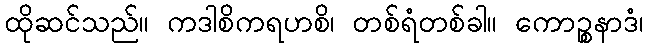
ထိုဆင်သည်။ ကဒါစိကရဟစိ၊ တစ်ရံတစ်ခါ။ ကောဉ္စနာဒံ၊